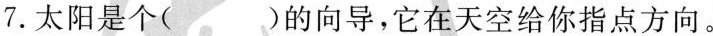
7.太阳是个( )的向导，它在天空给你指点方向。